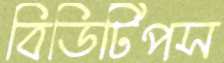
বিডিটিপস